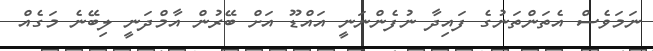
ނަމަވެސް އެތަންތަނުގެ ފައިދާ ނުފެންނަނީ އައްޑޫ އަށް ބޭރުން އާމްދަނީ ލިބޭނެ މަގެއް